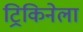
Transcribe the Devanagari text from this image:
ट्रिकिनेला